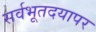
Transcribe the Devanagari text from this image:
सर्वभूतदयापर